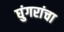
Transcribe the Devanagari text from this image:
घुंगरांचा